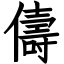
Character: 儔